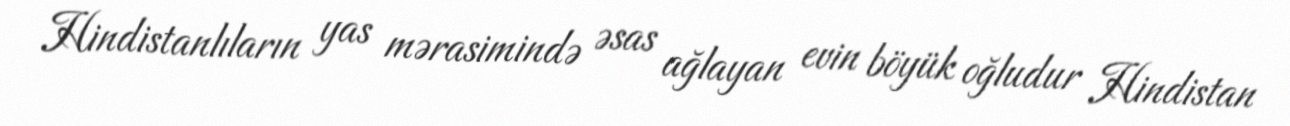
Hindistanlıların yas mərasimində əsas ağlayan evin böyük oğludur Hindistan